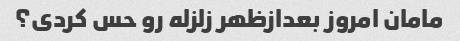
مامان امروز بعدازظهر زلزله رو حس کردی؟